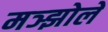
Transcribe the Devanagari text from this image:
मञ्झोले